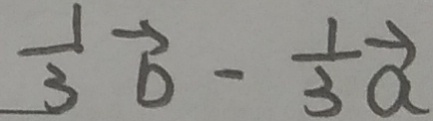
\frac { 1 } { 3 } \overrightarrow { b } - \frac { 1 } { 3 } \overrightarrow { a }